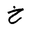
Letter: _kha